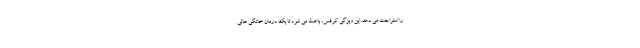
را استراحت می دهد. این ویژگی کرفس، باعث می شود تا یک درمان خانگی عالی